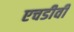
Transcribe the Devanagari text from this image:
एचडीवी